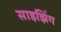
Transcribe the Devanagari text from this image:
साइझिंग